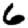
Digit: 6